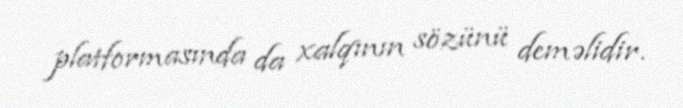
platformasında da xalqının sözünü deməlidir.